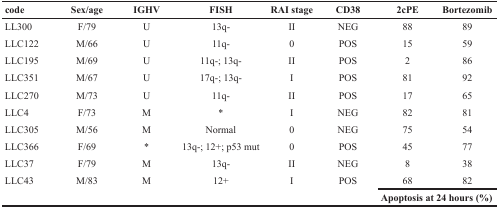
<table><thead><tr><td><b>code</b></td><td><b>Sex/age</b></td><td><b>IGHV</b></td><td><b>FISH</b></td><td><b>RAI stage</b></td><td><b>CD38</b></td><td><b>2cPE</b></td><td><b>Bortezomib</b></td></tr></thead><tbody><tr><td>LL300</td><td>F/79</td><td>U</td><td>13q-</td><td>II</td><td>NEG</td><td>88</td><td>89</td></tr><tr><td>LLC122</td><td>M/66</td><td>U</td><td>11q-</td><td>0</td><td>POS</td><td>15</td><td>59</td></tr><tr><td>LLC195</td><td>M/69</td><td>U</td><td>11q-; 13q-</td><td>II</td><td>POS</td><td>2</td><td>86</td></tr><tr><td>LLC351</td><td>M/67</td><td>U</td><td>17q-; 13q-</td><td>I</td><td>POS</td><td>81</td><td>92</td></tr><tr><td>LLC270</td><td>M/73</td><td>U</td><td>11q-</td><td>II</td><td>POS</td><td>17</td><td>65</td></tr><tr><td>LLC4</td><td>F/73</td><td>M</td><td>*</td><td>I</td><td>NEG</td><td>82</td><td>81</td></tr><tr><td>LLC305</td><td>M/56</td><td>M</td><td>Normal</td><td>0</td><td>NEG</td><td>75</td><td>54</td></tr><tr><td>LLC366</td><td>F/69</td><td>*</td><td>13q-; 12+; p53 mut</td><td>0</td><td>POS</td><td>45</td><td>77</td></tr><tr><td>LLC37</td><td>F/79</td><td>M</td><td>13q-</td><td>II</td><td>NEG</td><td>8</td><td>38</td></tr><tr><td>LLC43</td><td>M/83</td><td>M</td><td>12+</td><td>I</td><td>POS</td><td>68</td><td>82</td></tr><tr><td></td><td></td><td></td><td></td><td></td><td></td><td colspan="2"><b>Apoptosis at 24 hours (%)</b></td></tr></tbody></table>